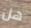
هل